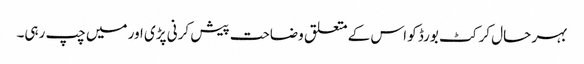
بہر حال کرکٹ بورڈ کو اس کے متعلق وضاحت پیش کرنی پڑی اور میں چپ رہی۔